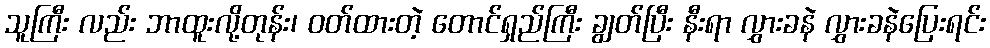
သူကြီး လည်း ဘာထူးလို့တုန်း၊ ဝတ်ထားတဲ့ တောင်ရှည်ကြီး ချွတ်ပြီး နီးရာ လွှားခနဲ လွှားခနဲပြေးရင်း